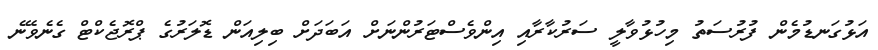
އަޅުގަނޑުމެން ފުރުސަތު މިހުޅުވާލީ ސަރުކާރާއި އިންވެސްޓަރުންނަށް އަބަދަށް ބިލިއަން ޑޮލަރުގެ ޕްރޮޖެކްޓް ގެނެވޭނެ